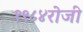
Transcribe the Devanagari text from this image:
१९८४रोजी